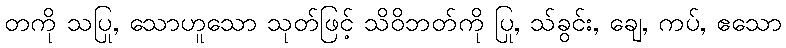
တကို သပြု, သောဟူသော သုတ်ဖြင့် သိဝိဘတ်ကို ပြု, သ်ခွင်း, ချေ, ကပ်, ဧသော